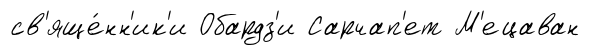
св'яще́нн'ик'и Обардз'и Сарчап'ет М'ецаван